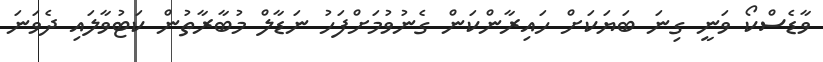
ވާޑެސްކޯ ވަނީ ގިނަ ބަޔަކަށް ހައިރާންކަން ގެނުވުމަށްފަހު ނަޑާލް މުބާރާތުން ކަޓުވާލައި ދެވަނަ